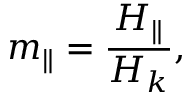
m _ { \parallel } = \frac { H _ { \parallel } } { H _ { k } } ,